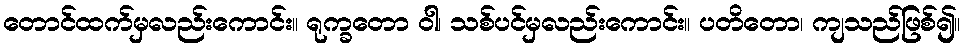
တောင်ထက်မှလည်းကောင်း။ ရုက္ခတော ဝါ၊ သစ်ပင်မှလည်းကောင်း။ ပတိတော၊ ကျသည်ဖြစ်၍။